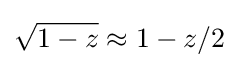
{\sqrt {1-z}}\approx 1-z/2